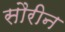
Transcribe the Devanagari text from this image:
सौरीन